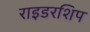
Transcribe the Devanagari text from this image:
राइडरशिप